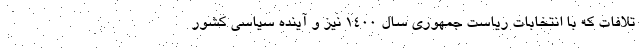
تلافات که با انتخابات ریاست جمهوری سال 1400 نیز و آینده سیاسی کشور